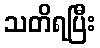
သတိရပြီး